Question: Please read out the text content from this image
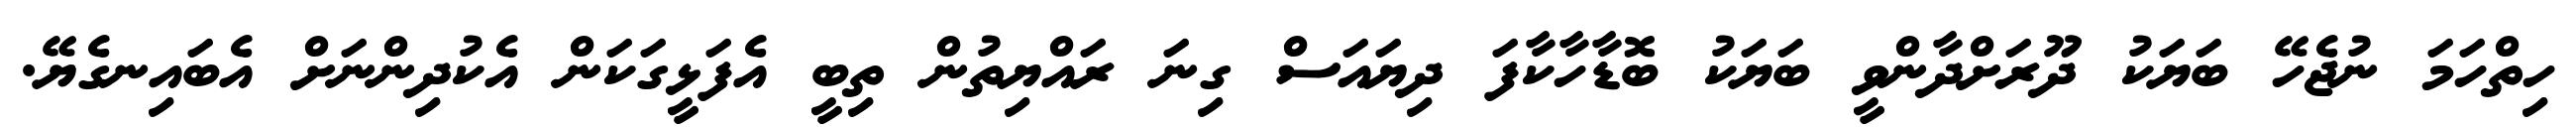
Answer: ހިތްހަމަ ނުޖެހޭ ބަޔަކު ދޫރަށްދާންވީ ބަޔަކު ބޮޑާހާކާފަ ދިޔައަސް ގިނަ ރައްޔިތުން ތިބީ އެފަޅީގަކަން އެކުދިންނަށް އެބައިނގެޔޭ.